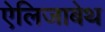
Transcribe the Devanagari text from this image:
ऐलिजाबेथ